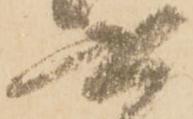
六